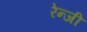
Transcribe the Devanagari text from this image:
रेन्जी